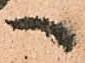
へ